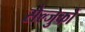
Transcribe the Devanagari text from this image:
सेल्जुकों